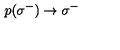
\: p ( \sigma ^ { - } ) \rightarrow \sigma ^ { - } \: